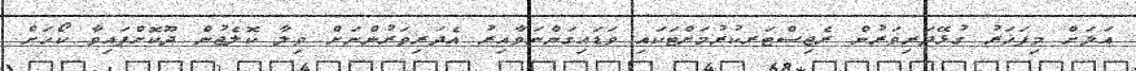
އަލަށް މިފަހަރު ގުޅޭދަރިވަރުން ރެޖިސްޓަރކުރުމަށްޓަކައި ވަޑައިގަންނަވާއިރު އެދަރިވަރުންނަށް ވިލާ ކޮލެޖުން ދޫކޮށްފައިވާ ކޯހަށް